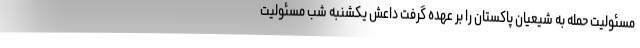
مسئولیت حمله به شیعیان پاکستان را بر عهده گرفت داعش یکشنبه شب مسئولیت